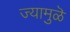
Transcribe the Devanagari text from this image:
ज्यामुळॆ